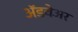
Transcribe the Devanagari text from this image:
अॅडवेअर